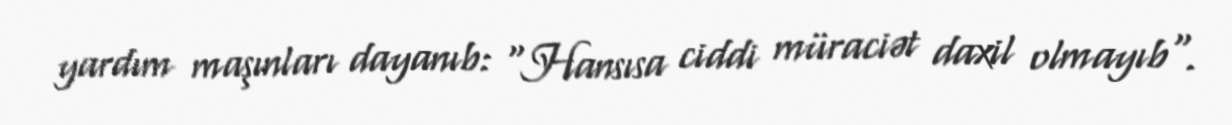
yardım maşınları dayanıb: "Hansısa ciddi müraciət daxil olmayıb".